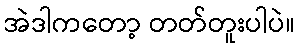
အဲဒါကတော့ တတ်တူးပါပဲ။